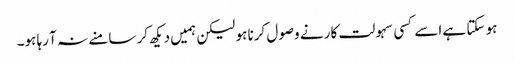
ہو سکتا ہے اسے کسی سہولت کار نے وصول کرنا ہو لیکن ہمیں دیکھ کر سامنے نہ آ رہا ہو۔